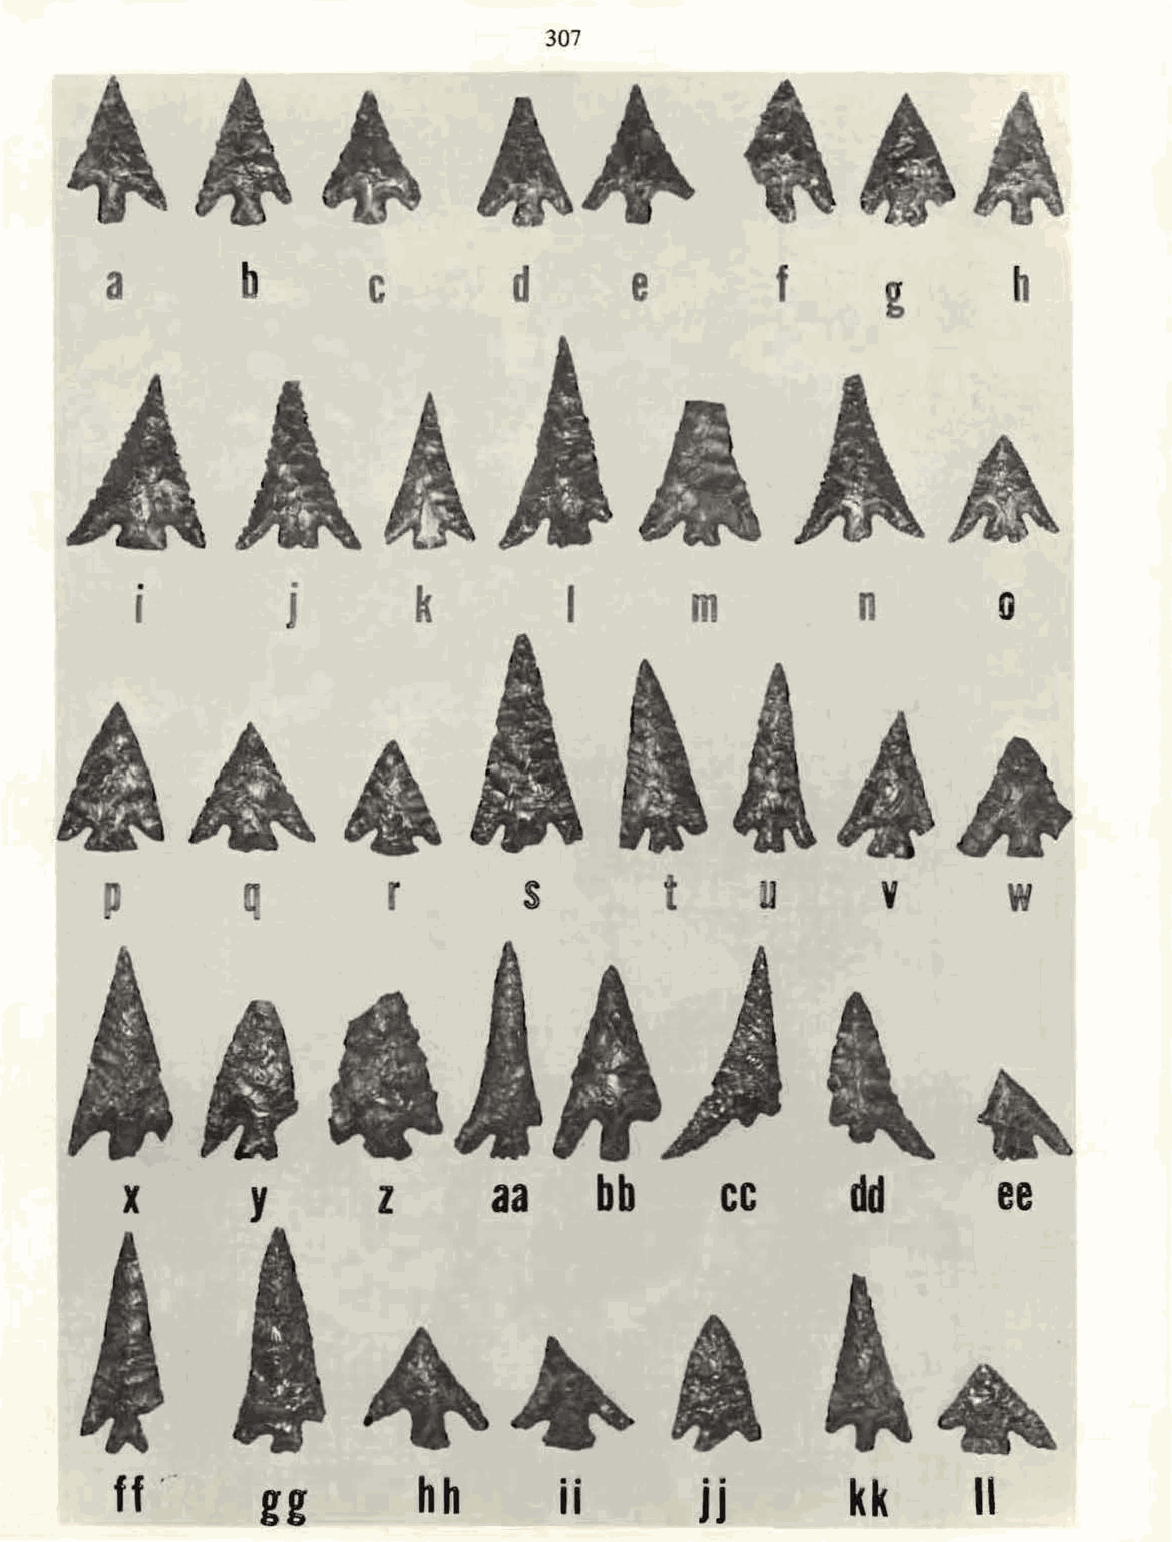
307
 a        b        c        d       e         f      g       h
 .         .
 k         I       m          n
 I         J                                              0
 r        s        t             y        w
 X        y       z       aa     bb      cc      dd        ee
 ff .·    gg
 hh       i i      jj        kk       II